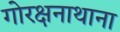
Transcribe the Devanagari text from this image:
गोरक्षनाथाना